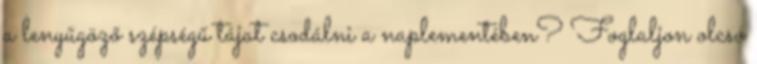
a lenyűgöző szépségű tájat csodálni a naplementében? Foglaljon olcsó